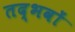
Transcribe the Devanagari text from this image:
तद्भवों